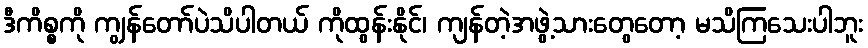
ဒီကိစ္စကို ကျွန်တော်ပဲသိပါတယ် ကိုထွန်းနိုင်၊ ကျန်တဲ့အဖွဲ့သားတွေတော့ မသိကြသေးပါဘူး